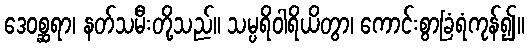
ဒေဝစ္ဆရာ၊ နတ်သမီးတို့သည်။ သမ္ပရိဝါရိယိတွာ၊ ကောင်းစွာခြံရံကုန်၍။